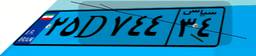
۹۱D۳۳۳۲۹